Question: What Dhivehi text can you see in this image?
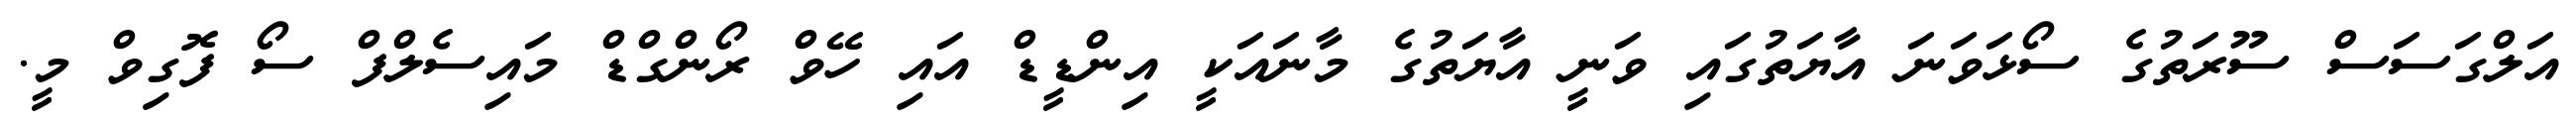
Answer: އަލްގަސަސް ސޫރަތުގެ ސޯޅަވަނަ އާޔަތުގައި ވަނީ އާޔަތުގެ މާނައަކީ އިންޑީޑް އައި ހޭވް ރޯންގްޑް މައިސެލްފް ސޯ ފޮގިވް މީ.